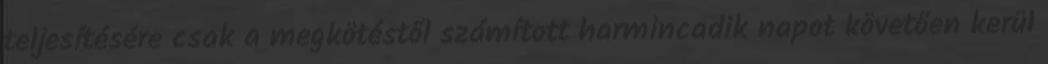
teljesítésére csak a megkötéstől számított harmincadik napot követően kerül